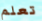
تعلم